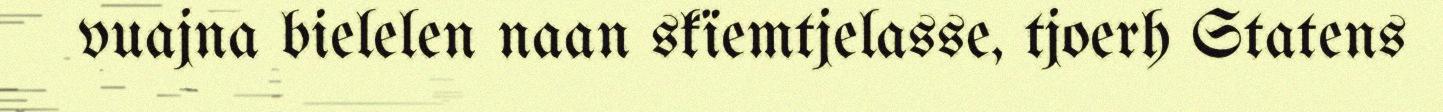
vuajna bielelen naan skïemtjelasse, tjoerh Statens